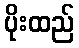
ပိုးထည်